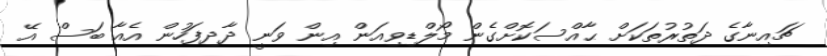
ޗައިނާގެ ދަތުރުތަކަށް ޙާއްސަކޮށްގެން މޯލްޑިވިއަން އިން ވަނީ ދާދިފަހުން އެއާ ބަސް އޭ